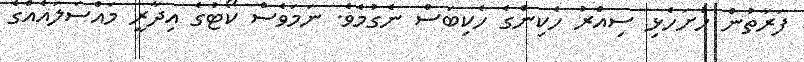
ފަރާތުން ހުށަހެޅި ސިއްރު ހެކިންގެ ހެކިބަސް ނެގުމެވެ. ނަމަވެސް ކޯޓުގެ އިދާރީ މައްސަލައެއްގެ